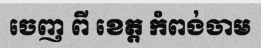
ចេញ ពី ខេត្ត កំពង់ចាម